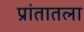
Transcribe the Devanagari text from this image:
प्रांतातला